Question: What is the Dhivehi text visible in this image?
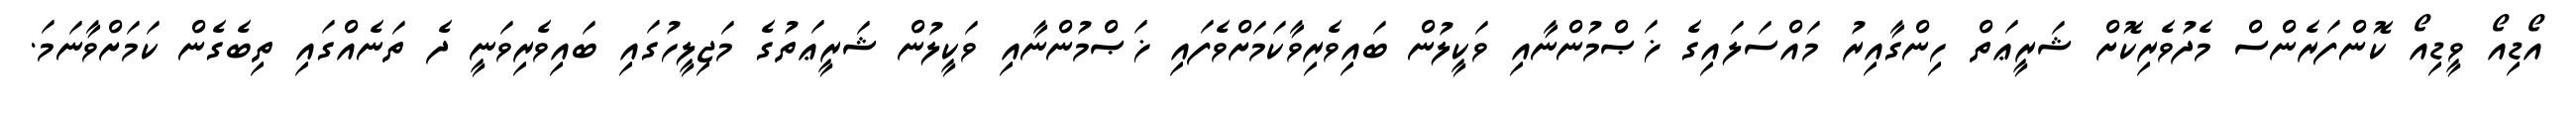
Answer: އޯޑިއޯ ވީޑިއޯ ކޮންފަރެންސް މެދުވެރިކޮށް ޝަރީޢަތް ހިންގާއިރު މައްސަލައިގެ ޚަޞްމުންނާއި ވަކީލުން ބައިވެރިވާކަމަށްވެފައި ޚަޞްމުންނާއި ވަކީލުން ޝަރީޢަތުގެ މަޖިލީހުގައި ބައިވެރިވަނީ ދެ ތަނެއްގައި ތިބެގެން ކަމަށްވާނަމަ.